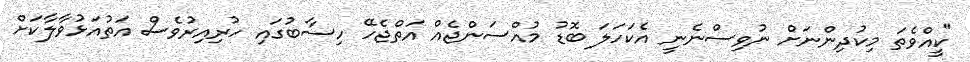
"ކީއްވެތަ މިކުދިންނަށް ނުވިސްނެނީ އެކަހަލަ ބޮޑު މުއްސަންޖެއް އަތްޖެހޭ ހިސާބުގައި ހުރިއިރުވެސް އަތުއަޅުވާލާކަށް